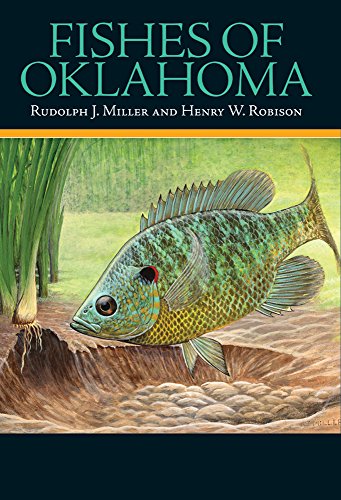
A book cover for Fishes of Oklahoma; Rudolph J. Miller; Sports & Outdoors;